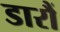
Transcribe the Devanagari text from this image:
डारौं